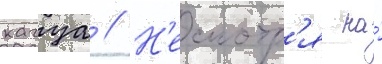
кагуа // Н'есмотр'я на́